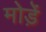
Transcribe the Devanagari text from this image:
मोडे़ं